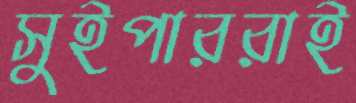
সুইপাররাই